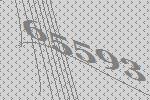
65593